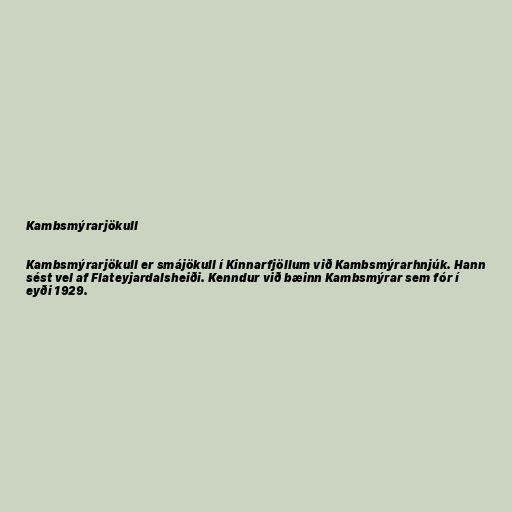
Kambsmýrarjökull

Kambsmýrarjökull er smájökull í Kinnarfjöllum við Kambsmýrarhnjúk. Hann
sést vel af Flateyjardalsheiði. Kenndur við bæinn Kambsmýrar sem fór í
eyði 1929.